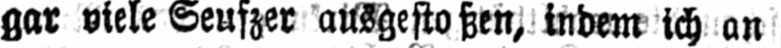
gar viele Seufzer ausgestoßen, indem ich an